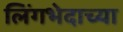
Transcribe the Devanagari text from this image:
लिंगभेदाच्या